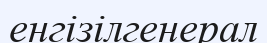
енгізілгенерал